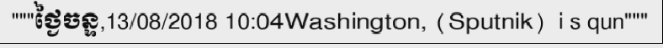
"""ថ្ងៃចន្ទ,13/08/2018 10:04Washington, (Sputnik)  i s qun"""